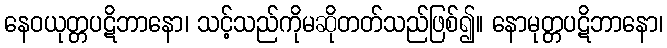
နေဝယုတ္တပဋိဘာနော၊ သင့်သည်ကိုမဆိုတတ်သည်ဖြစ်၍။ နောမုတ္တပဋိဘာနော၊